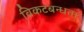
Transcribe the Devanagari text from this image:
विकटबन्धता